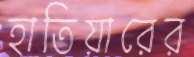
হাতিয়ারের